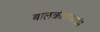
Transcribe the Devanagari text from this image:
बालक्रीडायामपि